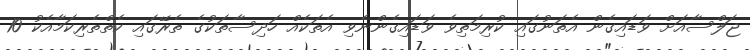
ޖަލްސާއަށް ވަޑައިގެން އެތަނުގައި ކުރިމަތިވެ ވަޑައިގެންނެވި އެތަކެއް ހަދިސާތަކުގެ ތެރޭގައި ކެތްތެރިކަމާއެކު 10